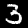
Label: 3